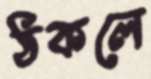
ঠকলে